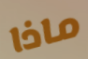
ماذا